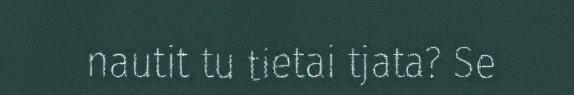
nautit tu tietai tjata? Se